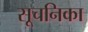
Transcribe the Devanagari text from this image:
सूचनिका